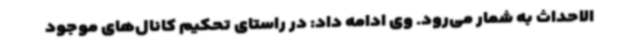
الاحداث به شمار می‌رود. وی ادامه داد: در راستای تحکیم کانال‌های موجود